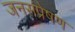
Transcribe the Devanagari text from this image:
जनसंप्रेषण